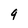
Character: 9